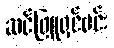
ဆင်ဖြူရှင်မင်း